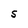
Character: S